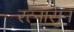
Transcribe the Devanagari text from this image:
रत्‍नासुन